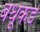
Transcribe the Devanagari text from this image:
बंधूंकडे